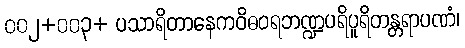
၀၀၂+၀၀၃+ ပသာရိတာနေကဝိဓဝရဘဏ္ဍပရိပူရိတန္တရာပဏံ၊